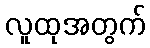
လူထုအတွက်